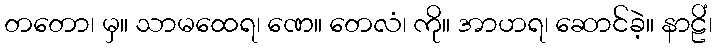
တတော၊ မှ။ သာမထေရ၊ ဏေ။ တေလံ၊ ကို။ အာဟရ၊ ဆောင်ခဲ့။ နာဠိံ၊